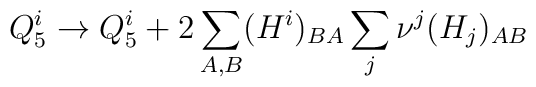
Q^i_5 \to Q^i_5 +2\sum_{A,B}(H^i)_{BA}\sum_j \nu^j(H_j)_{AB}